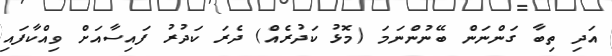
އަދި ތިބާ ގަންނަން ބޭނުންނަމަ (މޮޅު ކަދުރެއް) ދެރަ ކަދުރު ފައިސާއަށް ވިއްކާފައި